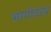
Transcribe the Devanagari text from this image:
भागोदास